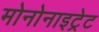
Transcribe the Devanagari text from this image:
मोनोनाइट्रेट